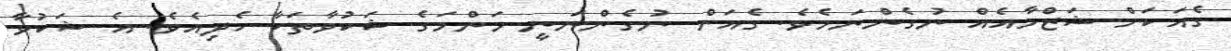
ގެއަކަށް ޝަޒްމާއެއް ނުގެންނަމެވެ. ގެއަށް ނުގެންނަނީ މަންމަގެ ޝަކުވާތަކާ ހެދިއެވެ. އެ ޝަކުވާ